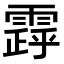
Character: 𩄗